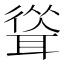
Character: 𦖴